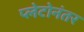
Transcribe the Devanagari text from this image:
प्लेटोनंतर